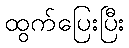
ထွက်ပြေးပြီး